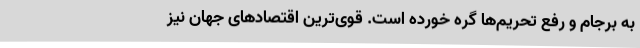
به برجام و رفع تحریم‌ها گره خورده است. قوی‌ترین اقتصادهای جهان نیز